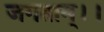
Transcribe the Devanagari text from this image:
जगताम्।।